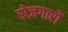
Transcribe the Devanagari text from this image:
रोज़गारों